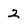
Character: 2